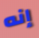
إنه